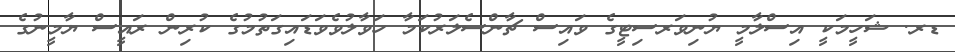
ޑރ. ޝަހީމަކީ އިސްލާމީ ޔުނިވަރސިޓީގެ ވައިސް ޗާންސެލަރުކަމާ ހަވާލުވެވަޑައިގަތުމުގެ ކުރިން ރައީސް ޔާމީނުގެ